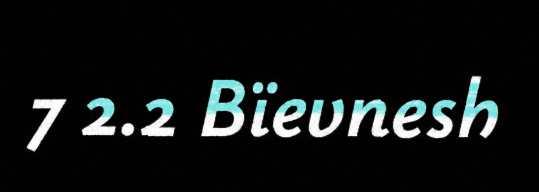
7 2.2 Bïevnesh